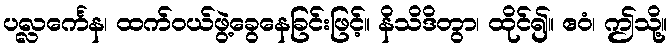
ပလ္လင်္ကေန၊ ထက်ဝယ်ဖွဲ့ခွေနေခြင်းဖြင့်။ နိသိဒိတွာ၊ ထိုင်၍။ ဧဝံ၊ ဤသို့။